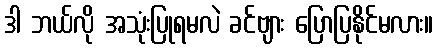
ဒါ ဘယ်လို အသုံးပြုရမလဲ ခင်ဗျား ပြောပြနိုင်မလား။